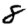
Digit: 8